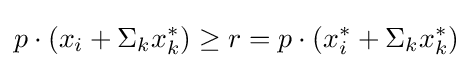
p\cdot (x_{i}+\Sigma _{k}x_{k}^{*})\geq r=p\cdot (x_{i}^{*}+\Sigma _{k}x_{k}^{*})